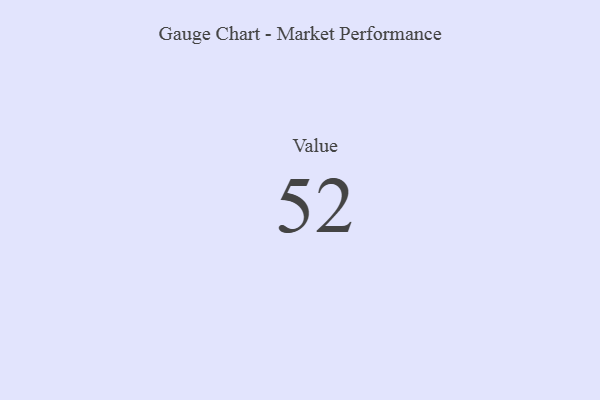
{"axis": {"x": "Metric", "y": "Value"}, "legend": [""], "data": [{"x": "Value", "y": 52, "type": ""}]}